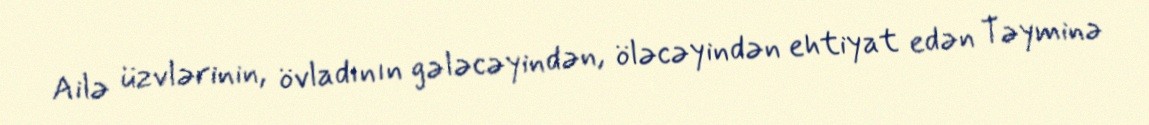
Ailə üzvlərinin, övladının gələcəyindən, öləcəyindən ehtiyat edən Təyminə